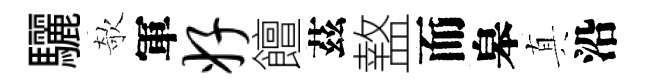
驪欹軍好饘茲盩而皋真沿